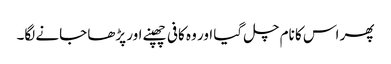
پھر اس کا نام چل گیا اور وہ کافی چھپنے اور پڑھا جانے لگا۔